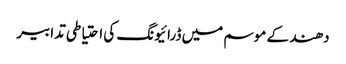
دھند کے موسم میں ڈرائیونگ کی احتیاطی تدابیر